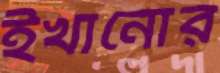
ইখানোর